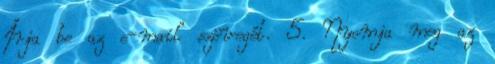
Írja be az e-mail szövegét. 5. Nyomja meg az